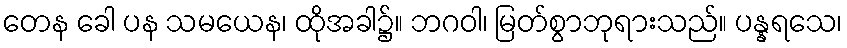
တေန ခေါ ပန သမယေန၊ ထိုအခါ၌။ ဘဂဝါ၊ မြတ်စွာဘုရားသည်။ ပန္နရသေ၊